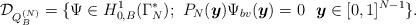
LaTeX: \begin{align*} \mathcal{D}_{Q^{(N)}_{B}} = \{\Psi \in H^{1}_{0,B}(\Gamma^{\ast}_{N});\ P_{N}(\boldsymbol{y})\Psi_{bv}(\boldsymbol{y})=0\ \ \boldsymbol{y}\in [0,1]^{N-1}\}.\end{align*}